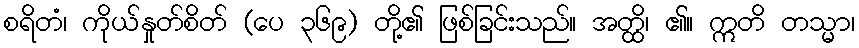
စရိတံ၊ ကိုယ်နှုတ်စိတ် (ပေ ၃၆၉) တို့၏ ဖြစ်ခြင်းသည်။ အတ္ထိ၊ ၏။ ဣတိ တသ္မာ၊